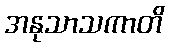
အနုသာသကာတိ